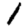
Digit: 1